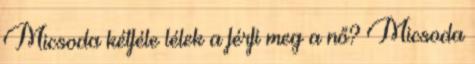
Micsoda kétféle lélek a férfi meg a nő? Micsoda